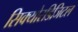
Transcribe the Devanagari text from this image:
सिक्योरडिजिटल